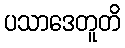
ပသာဒေတူတိ